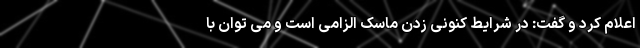
اعلام کرد و گفت: در شرایط کنونی زدن ماسک الزامی است و می توان با